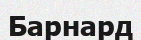
Барнард